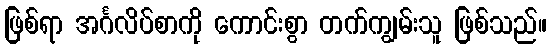
ဖြစ်ရာ အင်္ဂလိပ်စာကို ကောင်းစွာ တက်ကျွမ်းသူ ဖြစ်သည်။